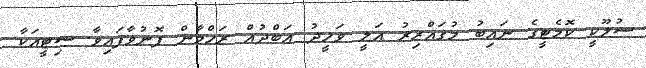
ސުލޫކީ ކޮމެޓީގެ ނައިބު މުގައްރިރު އަލީ ވަހީދު އަބްދުއް ރަހްމާން ފޮނުވާފައިވާ ސިޓީއަކާ